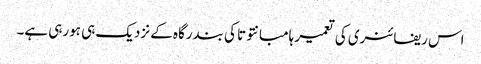
اس ریفائنری کی تعمیر ہامبانتوتا کی بندرگاہ کے نزدیک ہی ہورہی ہے۔